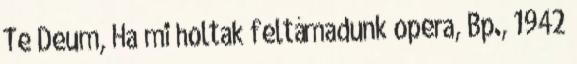
Te Deum, Ha mi holtak feltámadunk opera, Bp., 1942